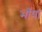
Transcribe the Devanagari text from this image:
भाँपा